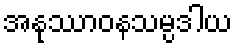
အနုဿာဝနသမ္ပဒါယ